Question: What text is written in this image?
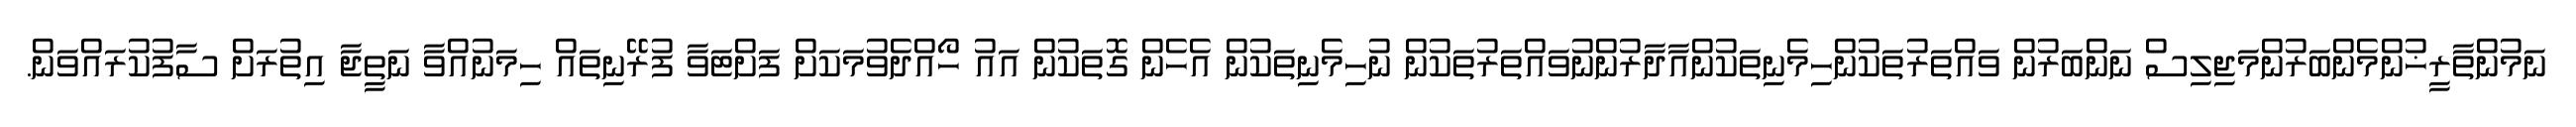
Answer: ނަމުންތާރީޚުންމެންބަރުންމަޖިލިސް ނަންބަރުން ވައްތަރުތަކުންހިމެނިތަކުންއާދާރުންނުވައްތަރުތަކުން ނުހިމެނިތަކުން އެހެން ގޮތަކުން އައު ހޯއްދެވުމަކަށް ފަށްޓަވާ ފުރޭނިތައް ހިމަނުއްވާ ނަތީޖާ އިތުރަށް ސާފުކުރައްވަން.